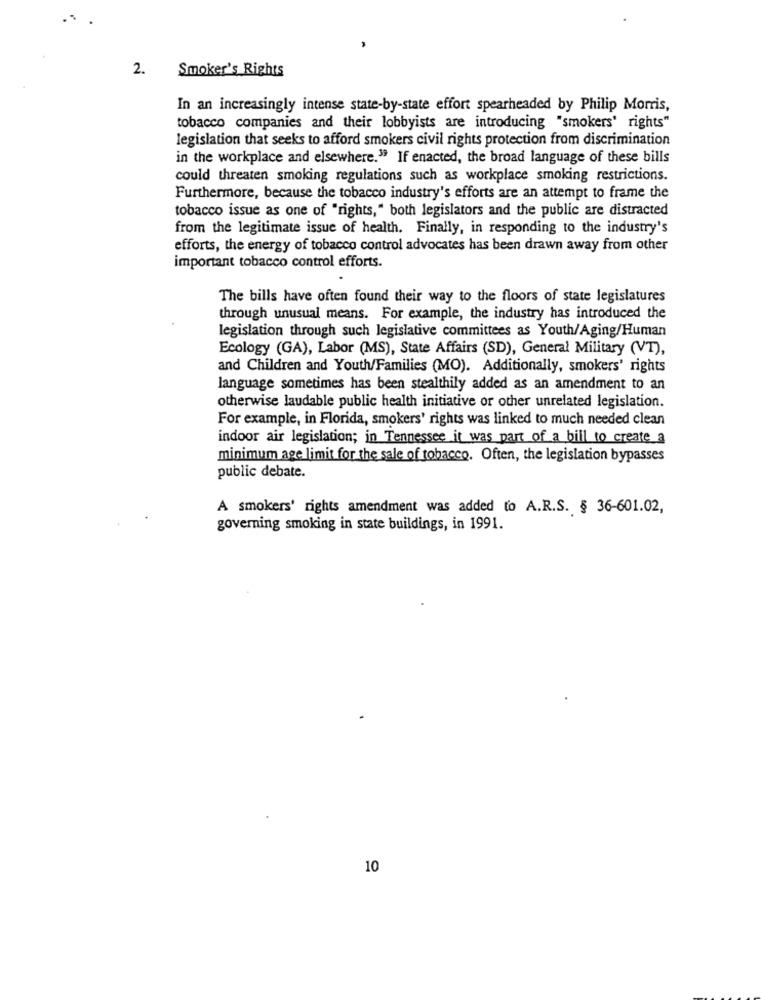
2.
Smoker's Rights
In an increasingly intense state-by-state effort spearheaded by Philip Morris,
tobacco companies and their lobbyists are introducing "smokers' rights"
legislation that seeks to afford smokers civil rights protection from discrimination
in the workplace and elsewhere." If enacted, the broad language of these bills
could threaten smoking regulations such as workplace smoking restrictions.
Furthermore, because the tobacco industry's efforts are an attempt to frame the
tobacco issue as one of "rights," both legislators and the public are distracted
from the legitimate issue of health. Finally, in responding to the industry's
efforts, the energy of tobacco control advocates has been drawn away from other
important tobacco control efforts.
The bills have often found their way to the floors of state legislatures
through unusual means. For example, the industry has introduced the
legislation through such legislative committees as Youth/Aging/Human
Ecology (GA), Labor (MS), State Affairs (SD), General Military (VT),
and Children and Youth/Families (MO). Additionally, smokers' rights
language sometimes has been stealthily added as an amendment to an
otherwise laudable public health initiative or other unrelated legislation.
For example, in Florida, smokers' rights was linked to much needed clean
indoor air legislation; in Tennessee it was part of a bill to create a
minimum age limit for the sale of tobacco. Often, the legislation bypasses
public debate.
A smokers' rights amendment was added to A.R.S. § 36-601.02,
governing smoking in state buildings, in 1991.
10